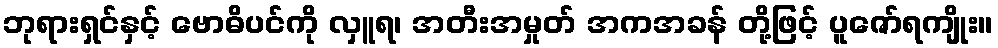
ဘုရားရှင်နှင့် ဗောဓိပင်ကို လှူရ၊ အတီးအမှုတ် အကအခန် တို့ဖြင့် ပူဇော်ရကျိုး။